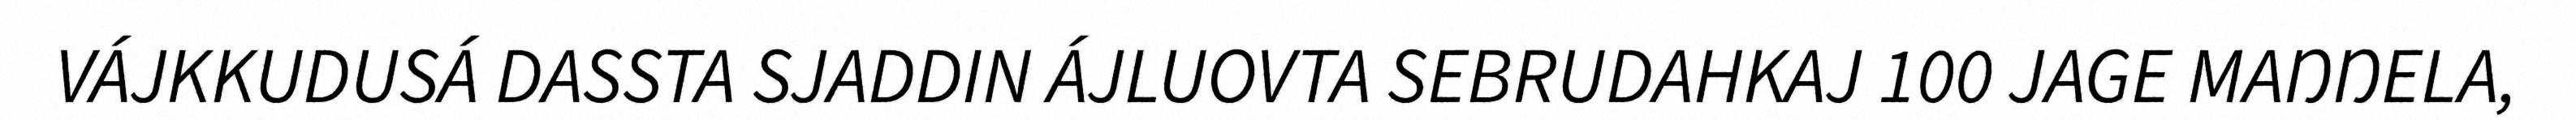
VÁJKKUDUSÁ DASSTA SJADDIN ÁJLUOVTA SEBRUDAHKAJ 100 JAGE MAŊŊELA,